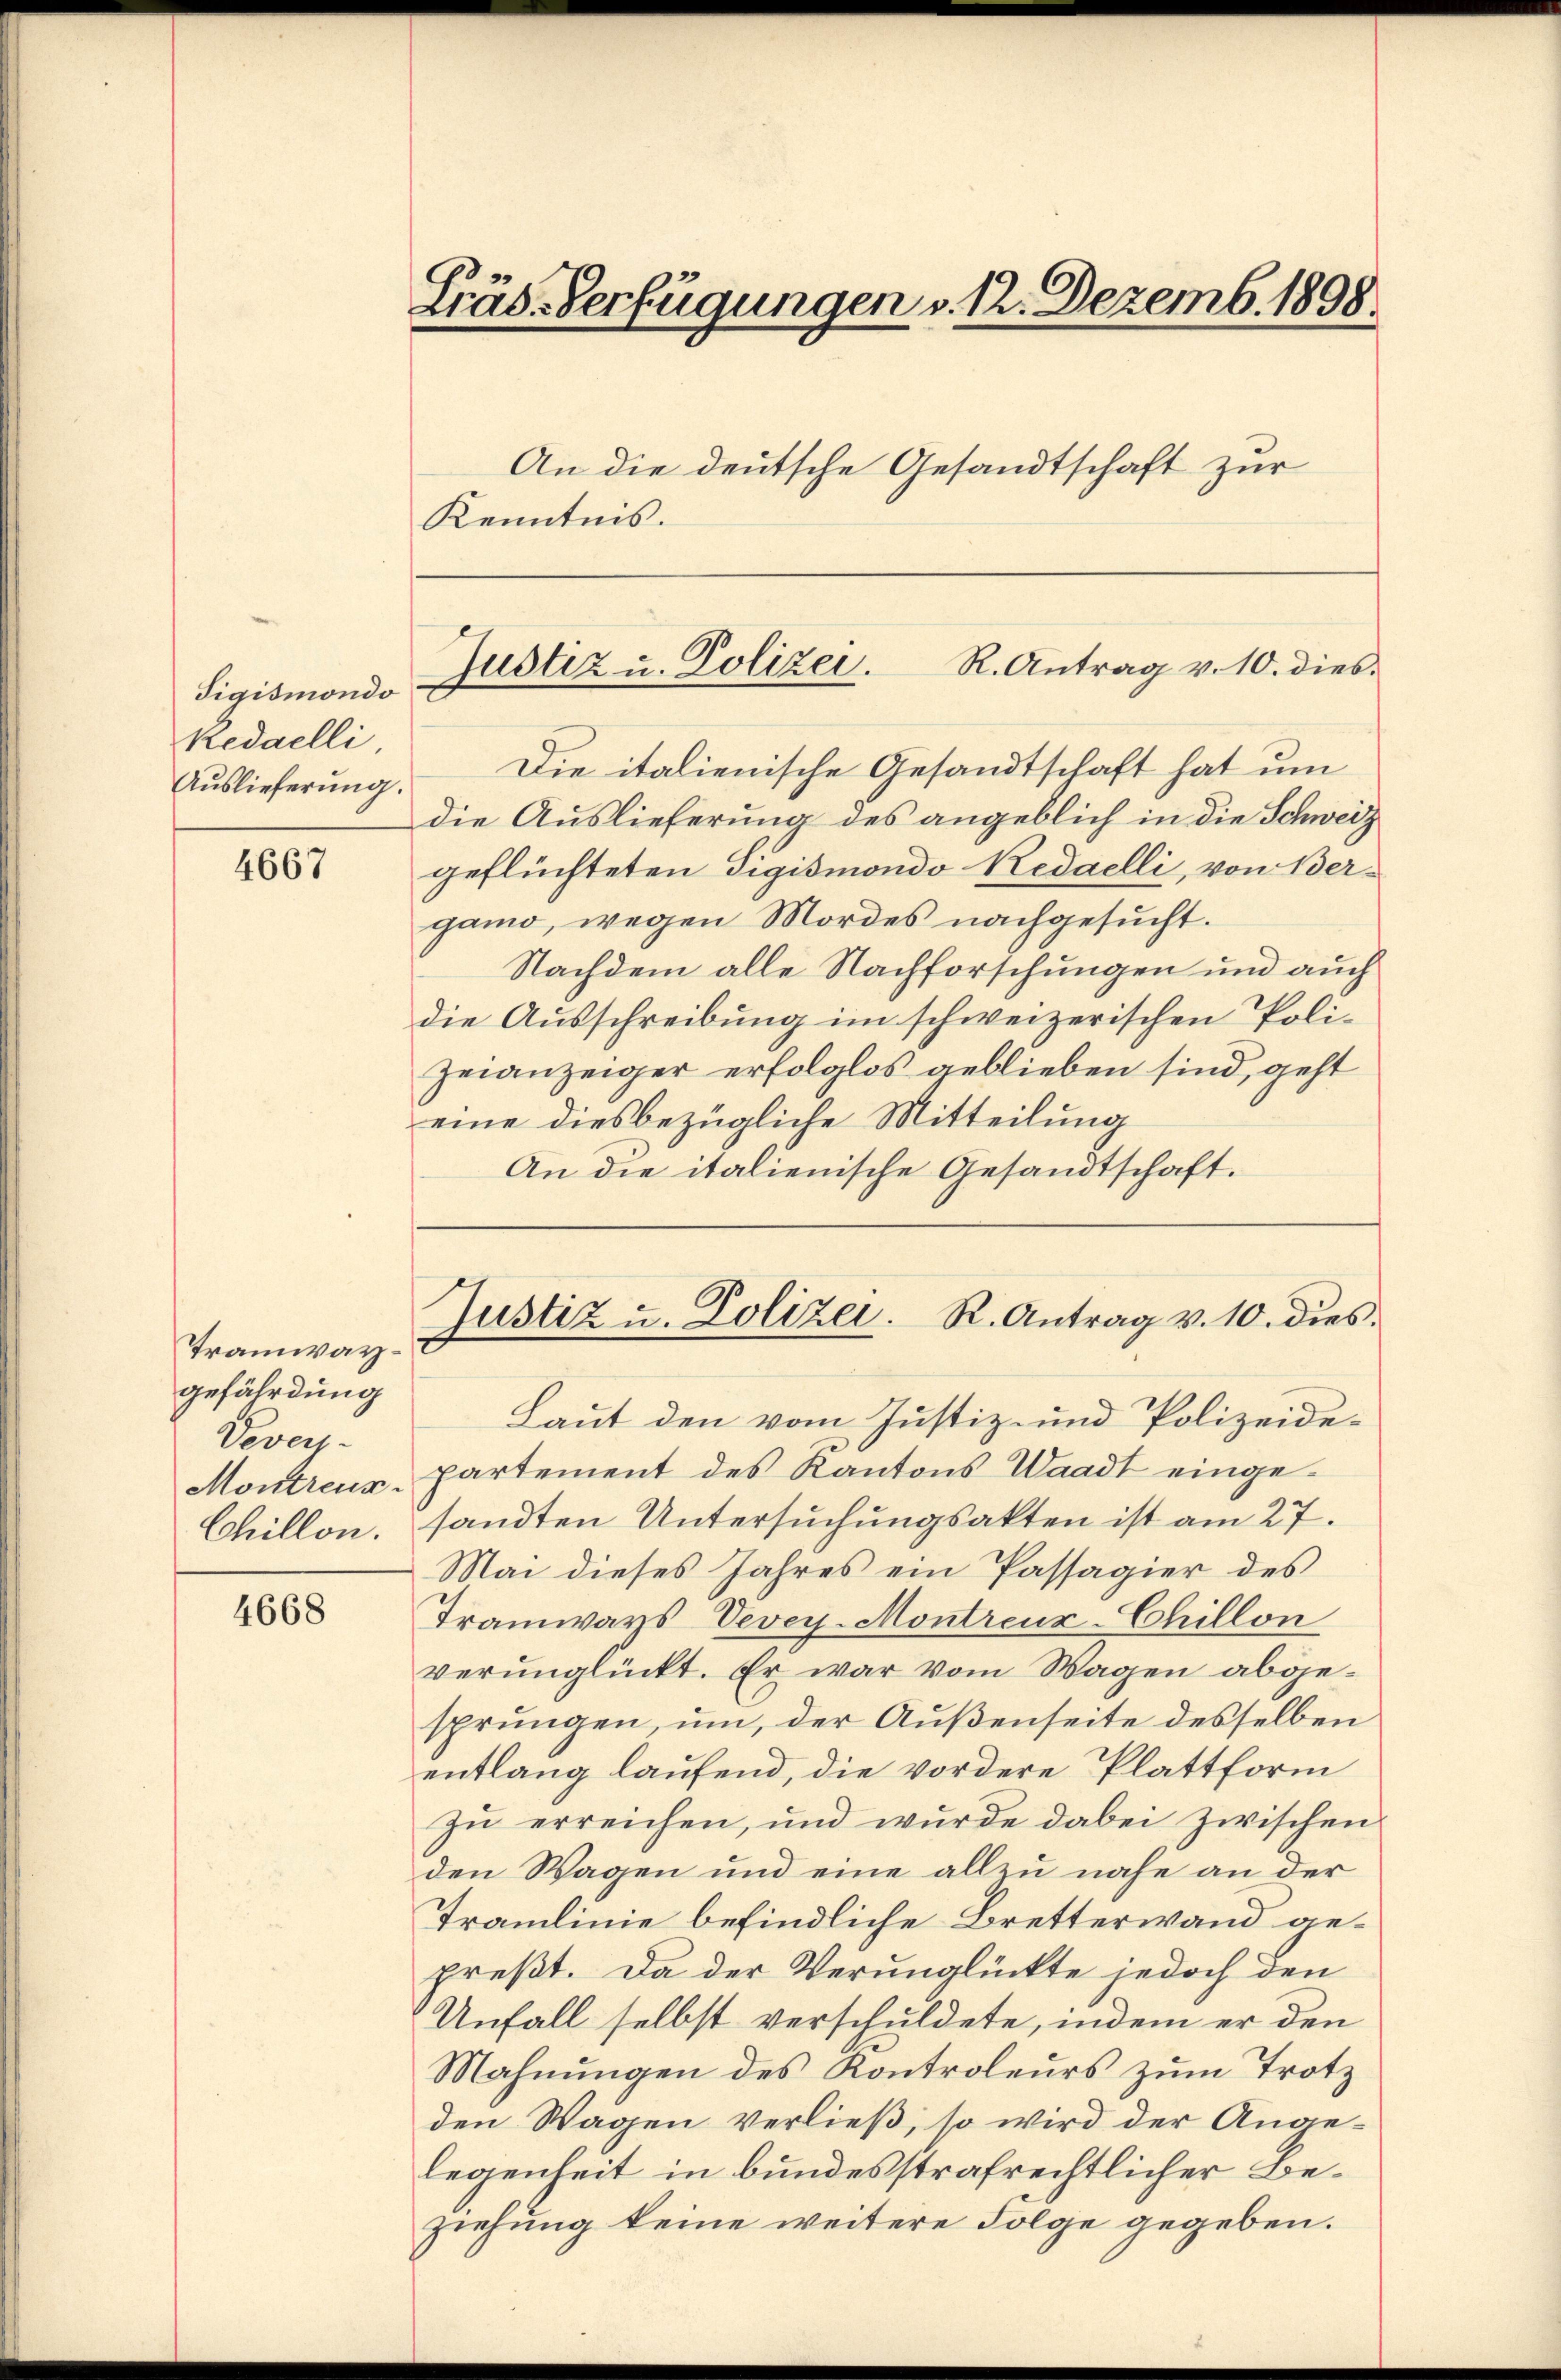
Tigismondo
Redailli,

4667

Tramwaygefährdung
Vevers
Montreus
Chillon.

4668

Gräs-Verfügungen v. 12. Dezemb. 1898.

An die deutsche Gesandtschaft zur
Kenntnis.
R. Antrag v. 10. dies
Aŭslieferŭng. Die italienische Gesandtschaft hat ŭm
die Auslieferung des angeblich in die Schweiz
geflüchteten Sigismondo Redaelli, von Vergamo, wegen Mordes nachgesucht.
Nachdem alle Nachforschungen und auch
die Ausschreibung im schweizerischen Poli¬
Zeianzeiger erfolglos geblieben sind, geht
eine diesbezügliche Mitteilung
An die italienische Gesandtschaft.
Laut den vom Justiz- und Polizeidepartement des Kantons Waadt eingesandten Untersuchungsakten ist am 27.
Mai dieses Jahres ein Passagier des
Tramways, Vevey-Montreux-Chillon
verunglückt. Er war vom Wagen abgesprungen, um, der Außenseite desselben
entlang laufend, die vordere Plattform
zu erreichen, und wurde dabei zwischen
den Wagen und eine allzu nahe an der
Tramlinie befindliche Bretterwand gepreßt. Da der Verunglückte jedoch den
Unfall selbst verschuldete, indem er den
Mahnungen des Kontroleurs zum Trotz
den Wagen verließ, so wird der Angelegenheit in bundesstrafrechtlicher Beziehung keine weitere Folge gegeben.

Justiz u. Polizei.

Justiz u. Polizei. R. Antrag v. 10. dies